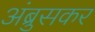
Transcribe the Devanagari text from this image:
अंब्रुसकर